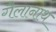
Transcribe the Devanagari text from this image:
गैलानाथ